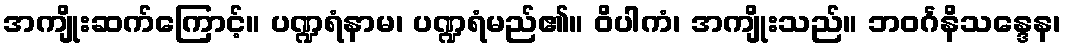
အကျိုးဆက်ကြောင့်။ ပဏ္ဍရံနာမ၊ ပဏ္ဍရံမည်၏။ ဝိပါကံ၊ အကျိုးသည်။ ဘဝင်္ဂနိသန္ဒေန၊